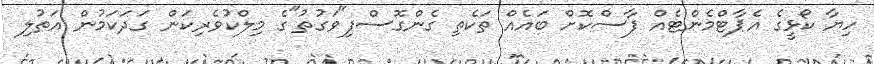
ހިޔާ ކޯޅީގެ އެޕާޓްމެންޓެއް ފާސްކޮށް ބައެއް ތަކެތި ގެންގޮސްފި"ވަގުތު"ގެ މިލްކުވެރިކަން ގަދަކަމުން އަތުލި